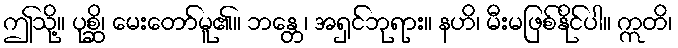
ဤသို့။ ပုစ္ဆိ၊ မေးတော်မူ၏။ ဘန္တေ၊ အရှင်ဘုရား။ နဟိ၊ မီးမဖြစ်နိုင်ပါ။ ဣတိ၊